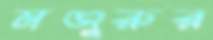
মঞ্জুরুর